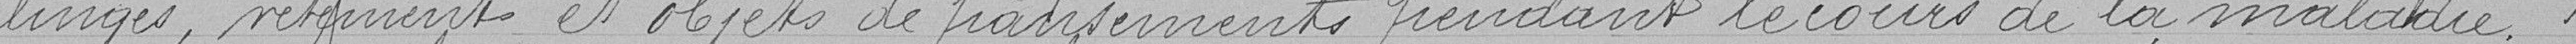
linges, vêtements et objets de rangement pendant le cours de la maladie.